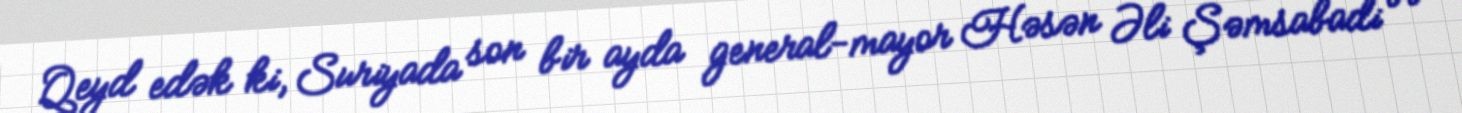
Qeyd edək ki, Suriyada son bir ayda general-mayor Həsən Əli Şəmsabadi və